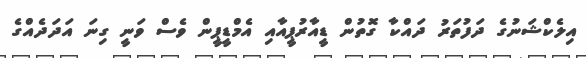
އިލެކްޝަނުގެ ދަފުތަރު ދައްކާ ގޮތުން ޑީއާރުޕީއާއި އެމްޑީޕީން ވެސް ވަނީ ގިނަ އަދަދެއްގެ